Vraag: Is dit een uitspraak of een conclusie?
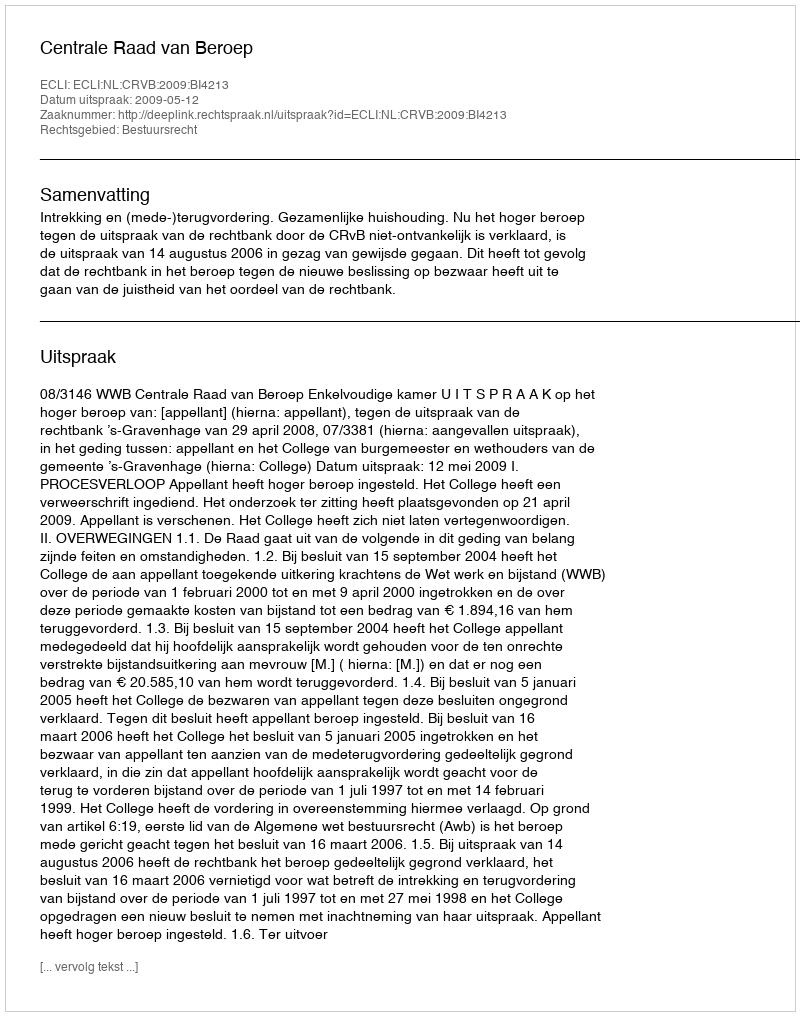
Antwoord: Uitspraak